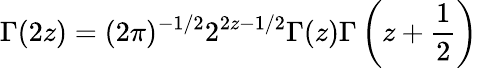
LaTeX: \Gamma(2z)=(2\pi)^{-1/2}2^{2z-1/2}\Gamma(z)\Gamma\left(z+\frac{1}{2}\right)